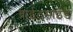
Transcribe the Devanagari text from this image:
ब्राईटसाईड